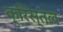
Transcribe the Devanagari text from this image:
क्रिस्तल